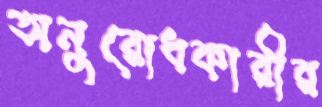
অনুরোধকারীর